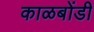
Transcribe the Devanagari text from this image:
काळबोंडी